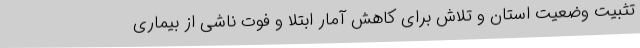
تثبیت وضعیت استان و تلاش برای کاهش آمار ابتلا و فوت ناشی از بیماری